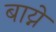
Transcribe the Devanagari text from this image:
बाय्ने